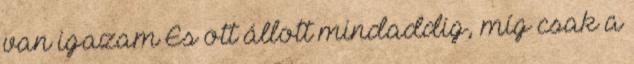
van igazam És ott állott mindaddig, míg csak a